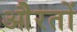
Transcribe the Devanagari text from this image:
औेरतों